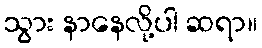
သွား နာနေလို့ပါ ဆရာ။